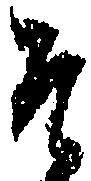
そ